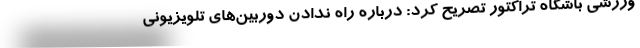
ورزشی باشگاه تراکتور تصریح کرد: درباره راه ندادن دوربین‌های تلویزیونی